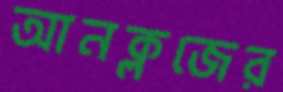
আনক্লজের